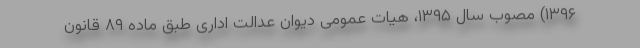
۱۳۹۶) مصوب سال ۱۳۹۵، هیات عمومی دیوان عدالت اداری طبق ماده ۸۹ قانون